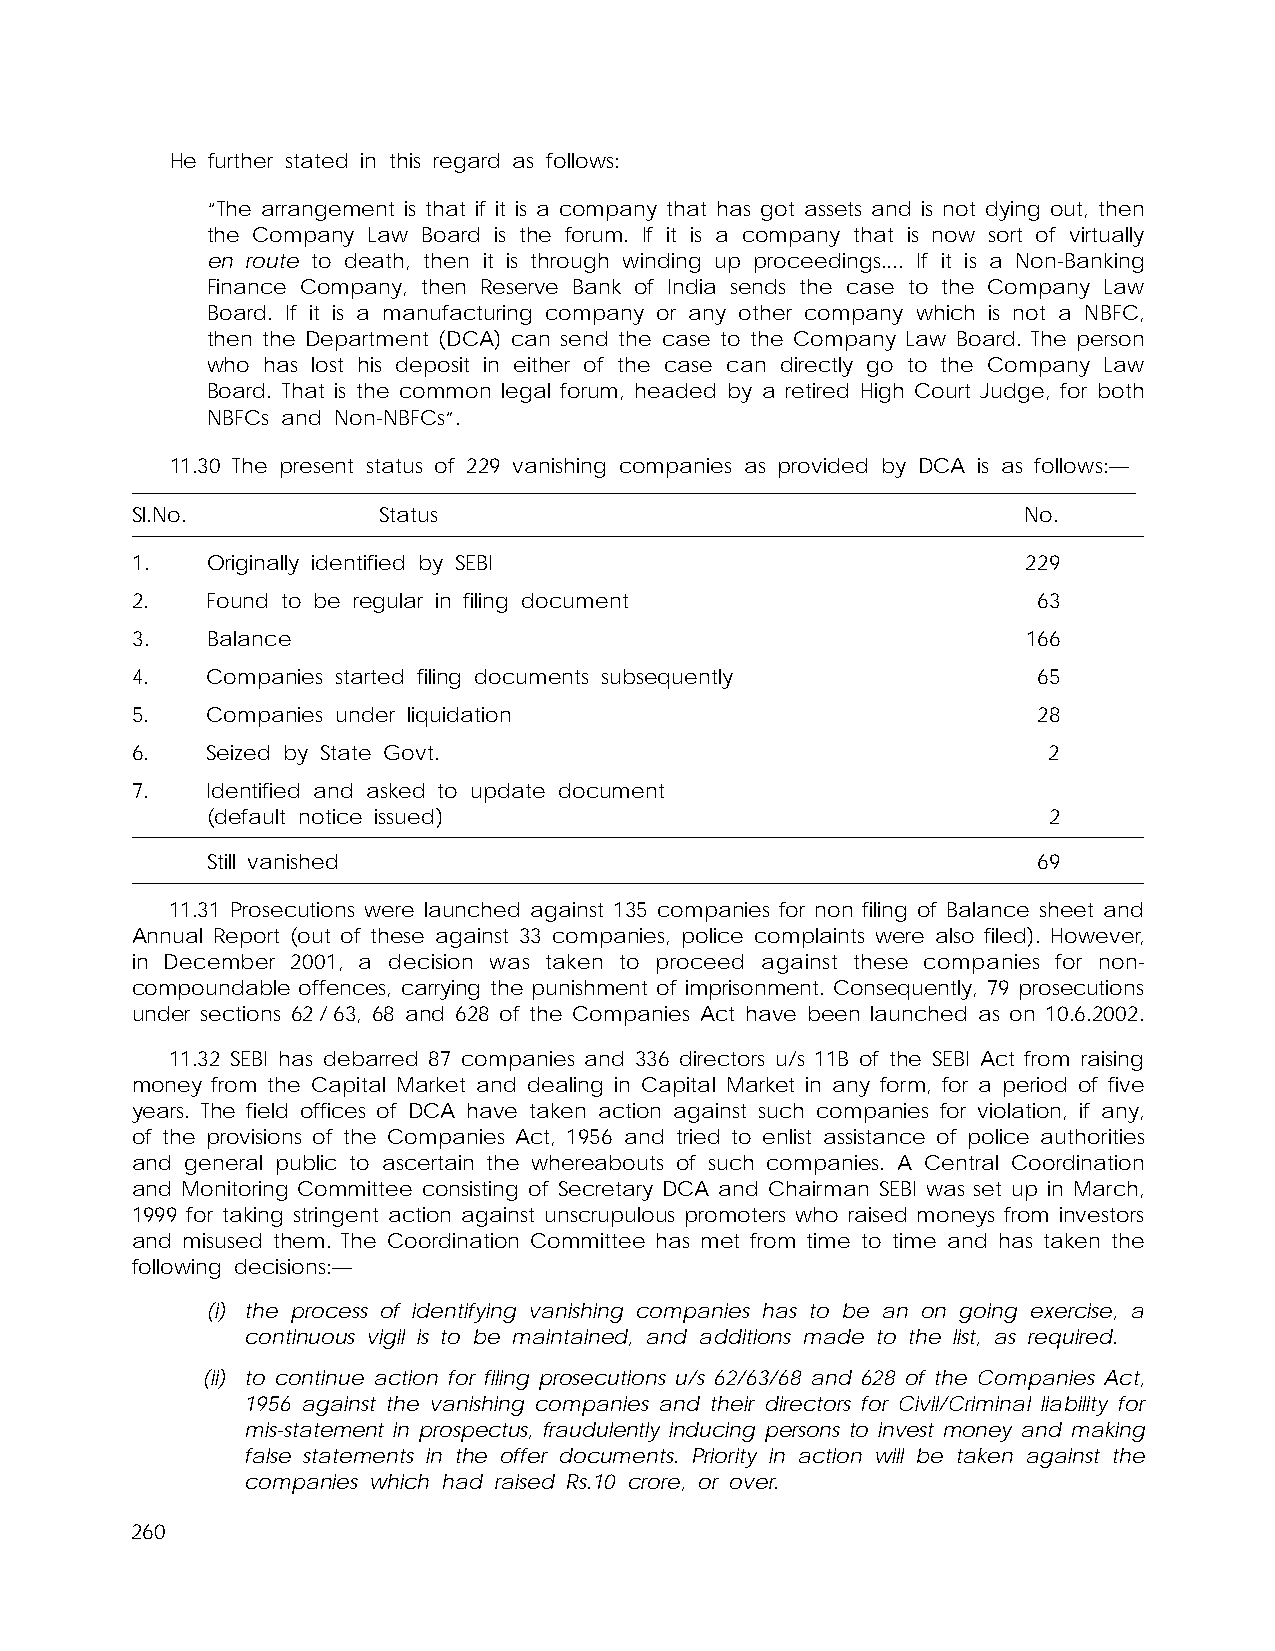
He further stated in this regard as follows:
 “The arrangement is that if it is a company that has got assets and is not dying out, then
 the Company Law Board is the forum. If it is a company that is now sort of virtually
 en route to death, then it is through winding up proceedings.... If it is a Non-Banking
 Finance Company, then Reserve Bank of India sends the case to the Company Law
 Board. If it is a manufacturing company or any other company which is not a NBFC,
 then the Department (DCA) can send the case to the Company Law Board. The person
 who has lost his deposit in either of the case can directly go to the Company Law
 Board. That is the common legal forum, headed by a retired High Court Judge, for both
 NBFCs and Non-NBFCs”.
 11.30 The present status of 229 vanishing companies as provided by DCA is as follows:—
 Sl.No.          Status                                     No.
 1.   Originally identified by SEBI                         229
 2.   Found to be regular in filing document                 63
 3.   Balance                                               166
 4.   Companies started filing documents subsequently        65
 5.   Companies under liquidation                            28
 6.   Seized by State Govt.                                  2
 7.   Identified and asked to update document
 (default notice issued)                                2
 Still vanished                                         69
 11.31 Prosecutions were launched against 135 companies for non filing of Balance sheet and
 Annual Report (out of these against 33 companies, police complaints were also filed). However,
 in December 2001, a decision was taken to proceed against these companies for non-
 compoundable offences, carrying the punishment of imprisonment. Consequently, 79 prosecutions
 under sections 62/63, 68 and 628 of the Companies Act have been launched as on 10.6.2002.
 11.32 SEBI has debarred 87 companies and 336 directors u/s 11B of the SEBI Act from raising
 money from the Capital Market and dealing in Capital Market in any form, for a period of five
 years. The field offices of DCA have taken action against such companies for violation, if any,
 of the provisions of the Companies Act, 1956 and tried to enlist assistance of police authorities
 and general public to ascertain the whereabouts of such companies. A Central Coordination
 and Monitoring Committee consisting of Secretary DCA and Chairman SEBI was set up in March,
 1999 for taking stringent action against unscrupulous promoters who raised moneys from investors
 and misused them. The Coordination Committee has met from time to time and has taken the
 following decisions:—
 (i) the process of identifying vanishing companies has to be an on going exercise, a
 continuous vigil is to be maintained, and additions made to the list, as required.
 (ii) to continue action for filing prosecutions u/s 62/63/68 and 628 of the Companies Act,
 1956 against the vanishing companies and their directors for Civil/Criminal liability for
 mis-statement in prospectus, fraudulently inducing persons to invest money and making
 false statements in the offer documents. Priority in action will be taken against the
 companies which had raised Rs.10 crore, or over.
 260